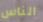
الناس